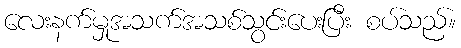
လေးနက်မှုအသက်အသစ်သွင်းပေးပြီး စပ်သည်။